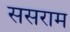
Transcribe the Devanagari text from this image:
ससराम